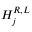
{ \cal H } _ { j } ^ { R , L }